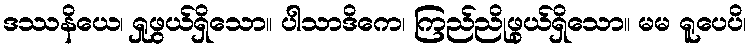
ဒဿနိယေ၊ ရှုဖွယ်ရှိသော။ ပါသာဒိကေ၊ ကြည်ညိုဖွယ်ရှိသော။ မမ ရူပေပိ၊